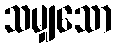
သမျှသော